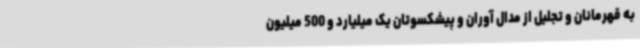
به قهرمانان و تجلیل از مدال آوران و پیشکسوتان یک میلیارد و 500 میلیون